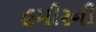
હમીરની